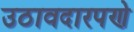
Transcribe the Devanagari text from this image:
उठावदारपणे